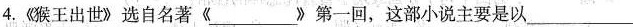
4.《猴王出世》选自名著《___》第一回，这部小说主要是以___